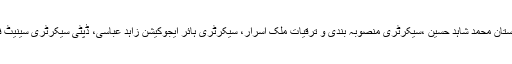
اس موقع پر جائنٹ سیکرٹری امور کشمیر و گلگت بلتستان محمد شاہد حسین ،سیکرٹری منصوبہ بندی و ترقیات ملک اسرار، سیکرٹری ہائر ایجوکیشن زاہد عباسی، ڈپٹی سیکرٹری سینیٹ فائقہ عبدالحئی اور دیگر متعلقہ حکام بھی موجود تھے۔